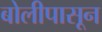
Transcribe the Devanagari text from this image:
बोलीपासून